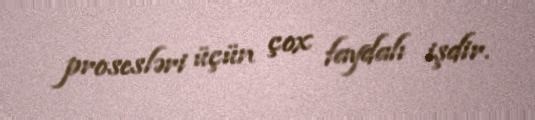
prosesləri üçün çox faydalı işdir.